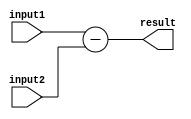
module subtractor (
    input [7:0] input1,
    input [7:0] input2,
    output reg [7:0] result
);

wire [7:0] diff;
wire [7:0] borrow;
wire overflow;

assign diff = input1 - input2;
assign borrow = input1 < input2;
assign overflow = input1[7] & ~input2[7] & ~diff[7];

assign result = diff;

endmodule